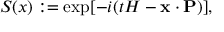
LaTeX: S ( x ) : = \exp [ - i ( t H - { \bf x } \cdot { \bf P } ) ] ,